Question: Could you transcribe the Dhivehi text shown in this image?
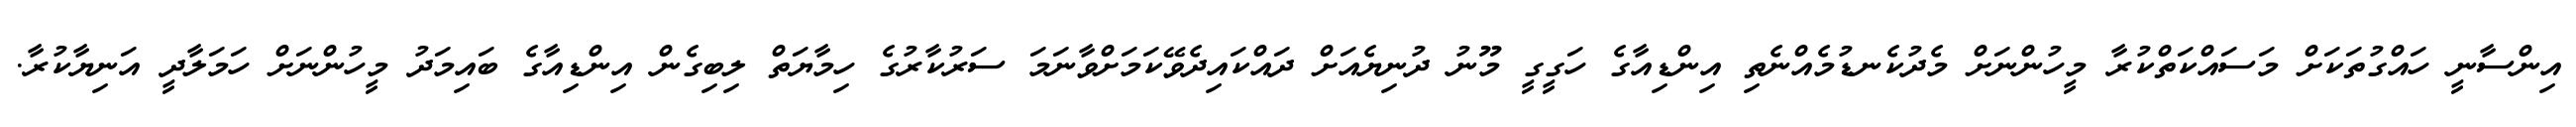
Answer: އިންސާނީ ހައްގުތަކަށް މަސައްކަތްކުރާ މީހުންނަށް މެދުކެނޑުމެއްނެތި އިންޑިއާގެ ހަގީގީ މޫނު ދުނިޔެއަށް ދައްކައިދެވޭކަމަށްވާނަމަ ސަރުކާރުގެ ހިމާޔަތް ލިބިގެން އިންޑިއާގެ ބައިމަދު މީހުންނަށް ހަމަލާދީ އަނިޔާކުރާ.